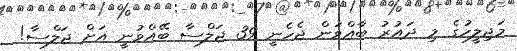
މަޖިލީހުގެ މި ދައުރު ބާއްވަން ޖެހެނީ 39 ޖަލްސާ ބޭއްވުނީ އަށް ޖަލްސާ!